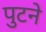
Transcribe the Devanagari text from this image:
पुटने